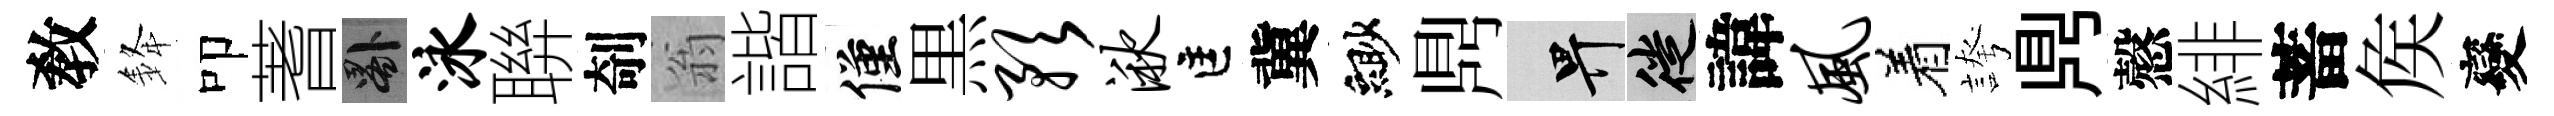
敎𨦟叩蓍晷泳聨剞翁諧僅黒预湫匡冀緲𪔂畀徙諱风着誇𪔂慤緋蓄矦變